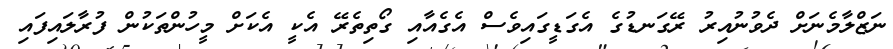
ނަޒްލާމެނަށް ދެވުނުއިރު ރޭގަނޑުގެ އެގަޑީގައިވެސް އެގެއާއި ގޯތިތެރޭ އެކީ އެކަށް މީހުންތަކުން ފުރާލައިފައި